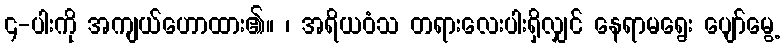
၄-ပါးကို အကျယ်ဟောထား၏။ ၊ အရိယဝံသ တရားလေးပါးရှိလျှင် နေရာမရွေး ပျော်မွေ့